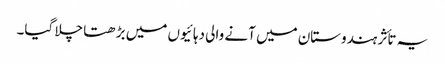
یہ تأثر ہندوستان میں آنے والی دہائیوں میں بڑھتا چلا گیا۔